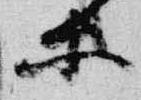
等